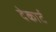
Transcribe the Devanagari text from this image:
देकार्ट